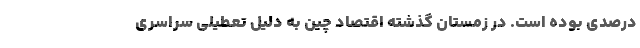
درصدی بوده است. در زمستان گذشته اقتصاد چین به دلیل تعطیلی سراسری